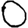
Digit: 0